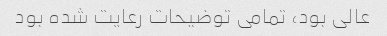
عالی بود، تمامی توضیحات رعایت شده بود